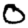
Digit: 0